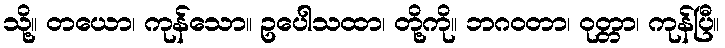
သို့။ တယော၊ ကုန်သော။ ဥပေါသထာ၊ တို့ကို။ ဘဂဝတာ၊ ဝုတ္တာ၊ ကုန်ပြီ။